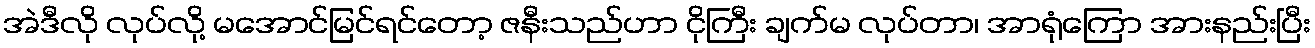
အဲဒီလို လုပ်လို့ မအောင်မြင်ရင်တော့ ဇနီးသည်ဟာ ငိုကြီး ချက်မ လုပ်တာ၊ အာရုံကြော အားနည်းပြီး